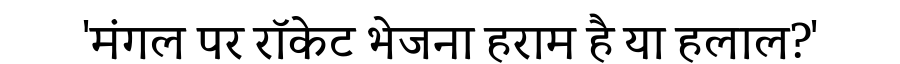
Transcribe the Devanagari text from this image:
'मंगल पर रॉकेट भेजना हराम है या हलाल?'